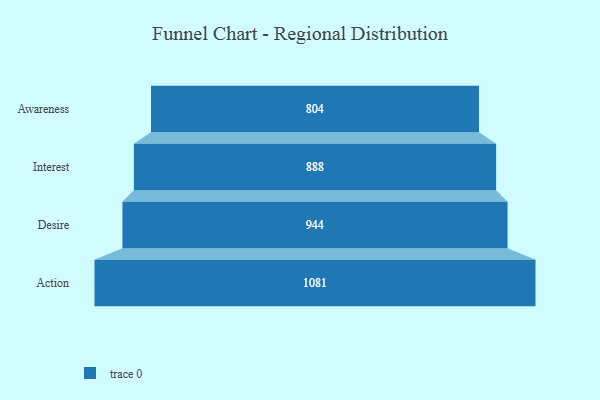
{"axis": {"x": "Stage", "y": "Value"}, "legend": [""], "data": [{"x": "Awareness", "y": 804.0, "type": ""}, {"x": "Interest", "y": 888.0, "type": ""}, {"x": "Desire", "y": 944.0, "type": ""}, {"x": "Action", "y": 1081.0, "type": ""}]}